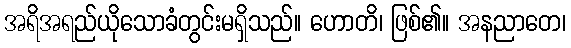
အရိအရည်ယိုသောခံတွင်းမရှိသည်။ ဟောတိ၊ ဖြစ်၏။ အနညာတေ၊